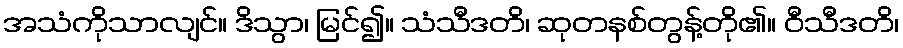
အသံကိုသာလျင်။ ဒိသွာ၊ မြင်၍။ သံသီဒတိ၊ ဆုတနစ်တွန့်တို၏။ ဝီသီဒတိ၊